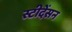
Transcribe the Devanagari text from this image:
स्टीदेंसन